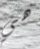
هي